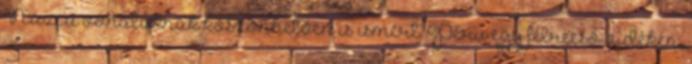
Nazca vonalaknak köszönhetően is ismert. Peru egy félreeső vidékén,